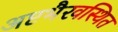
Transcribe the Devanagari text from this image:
अष्टभैरवस्थित